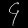
Digit: ၄